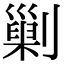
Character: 𠟾